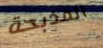
المذبحة